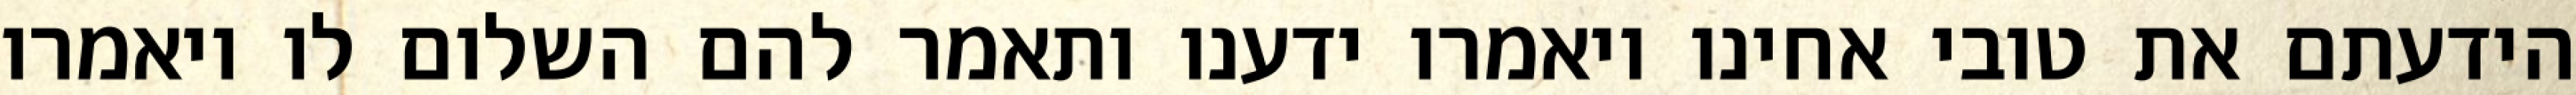
הידעתם את טובי אחינו ויאמרו ידענו ותאמר להם השלום לו ויאמרו